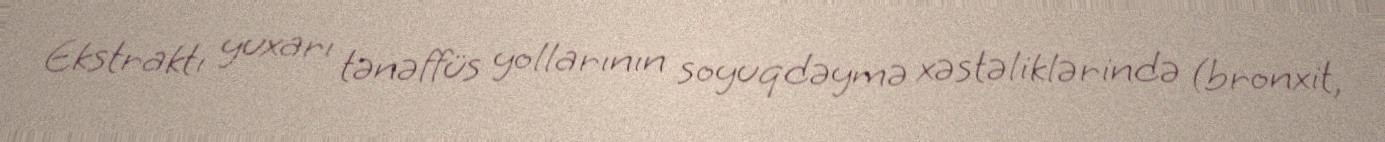
Ekstraktı yuxarı tənəffüs yollarının soyuqdəymə xəstəliklərində (bronxit,